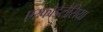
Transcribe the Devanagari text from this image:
एस्फोडेलैसिया